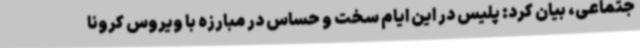
جتماعی، بیان کرد: پلیس در این ایام سخت و حساس در مبارزه با ویروس کرونا